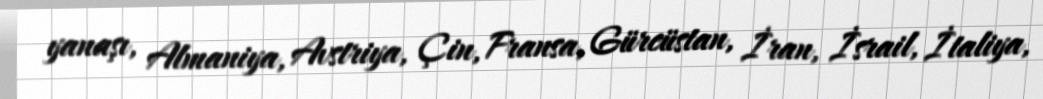
yanaşı, Almaniya, Avstriya, Çin, Fransa, Gürcüstan, İran, İsrail, İtaliya,